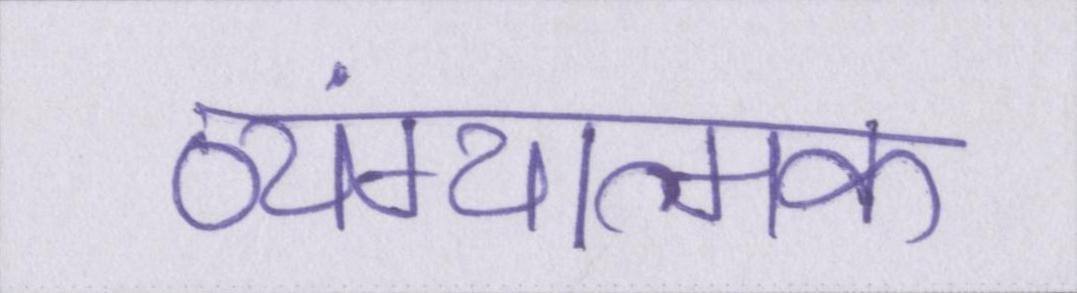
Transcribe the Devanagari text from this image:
व्यंग्यात्मक